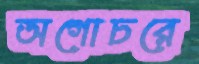
অগোচরে